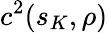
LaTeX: c^{2}(s_{K},\rho)